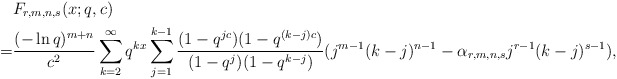
\begin{align*} & F_{r, m,n,s}(x; q, c) \\ =& \frac {(-\ln q)^{m+n}}{c^2} \sum^{\infty}_{k=2}q^{kx}\sum^{k-1}_{j=1}\frac {(1-q^{jc})(1-q^{(k-j)c})}{(1-q^j)(1-q^{k-j})}(j^{m-1}(k-j)^{n-1}-\alpha_{r,m,n,s}j^{r-1}(k-j)^{s-1}),\end{align*}